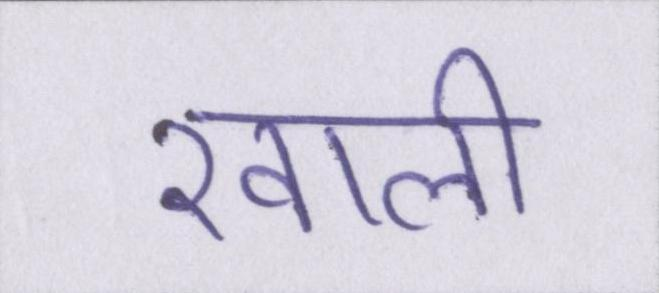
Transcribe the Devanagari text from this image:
खाली